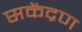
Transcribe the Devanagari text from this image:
सकेंद्रण